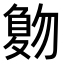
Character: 𠤀